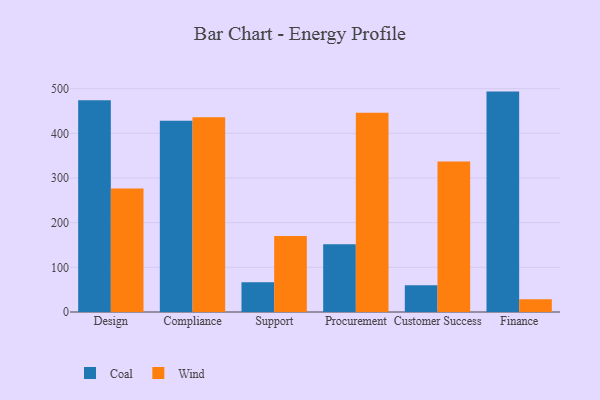
{"axis": {"x": "Department", "y": "Operating Costs (USD K)"}, "legend": ["Coal", "Wind"], "data": [{"x": "Design", "y": 473.9, "type": "Coal"}, {"x": "Design", "y": 276.2, "type": "Wind"}, {"x": "Compliance", "y": 428.4, "type": "Coal"}, {"x": "Compliance", "y": 436.2, "type": "Wind"}, {"x": "Support", "y": 66.6, "type": "Coal"}, {"x": "Support", "y": 170.3, "type": "Wind"}, {"x": "Procurement", "y": 151.5, "type": "Coal"}, {"x": "Procurement", "y": 446.3, "type": "Wind"}, {"x": "Customer Success", "y": 59.8, "type": "Coal"}, {"x": "Customer Success", "y": 336.7, "type": "Wind"}, {"x": "Finance", "y": 493.4, "type": "Coal"}, {"x": "Finance", "y": 28.5, "type": "Wind"}]}